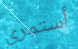
أستمري